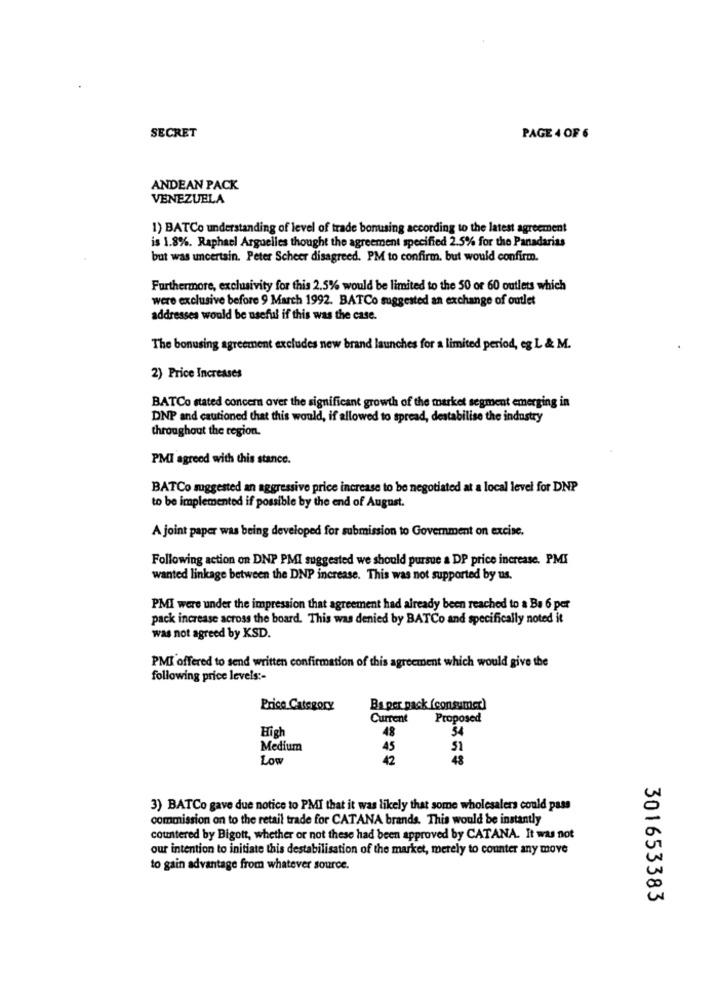
SECRET
PAGE 4 OF 6
ANDEAN PACK
VENEZUELA
1) BATCo understanding of level of trade bonusing according to the latest agreement
is 1.8%. Raphael Arguelles thought the agreement specified 2.5% for the Panadarias
but was uncertain. Peter Scheer disagreed. PM to confirm. but would confirm.
Furthermore, exclusivity for this 2.5% would be limited to the 50 or 60 outlets which
were exclusive before 9 March 1992. BATCo suggested an exchange of outlet
addresses would be useful if this was the case.
The bonusing agreement excludes new brand launches for a limited period, eg L & M.
2) Price Increases
BATCo stated concern over the significant growth of the market segment emerging in
DNP and cautioned that this would, if allowed to spread, destabilise the industry
throughout the region.
PMI agreed with this stance.
BATCo suggested an aggressive price increase to be negotiated at a local level for DNP
to be implemented if possible by the end of August.
A joint paper was being developed for submission to Government on excise.
Following action on DNP PMI suggested we should pursue a DP price increase. PMI
wanted linkage between the DNP increase. This was not supported by us.
PMI were under the impression that agreement had already been reached to a Ba 6 per
pack increase across the board. This was denied by BATCo and specifically noted it
was not agreed by KSD.
PMI offered to send written confirmation of this agreement which would give the
following price levels :-
Price Category
Ba per pack (consumer)
Current
Proposed
High
48
34
Medium
45
51
Low
42
48
3) BATCo gave due notice to PMI that it was likely that some wholesalers could pass
commission on to the retail trade for CATANA brands. This would be instantly
countered by Bigott, whether or not these had been approved by CATANA. It was not
our intention to initiate this destabilisation of the market, merely to counter any move
to gain advantage from whatever source.
301653383